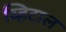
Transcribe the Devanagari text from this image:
व्हिटाल